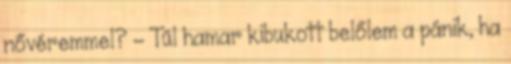
nővéremmel? – Túl hamar kibukott belőlem a pánik, ha